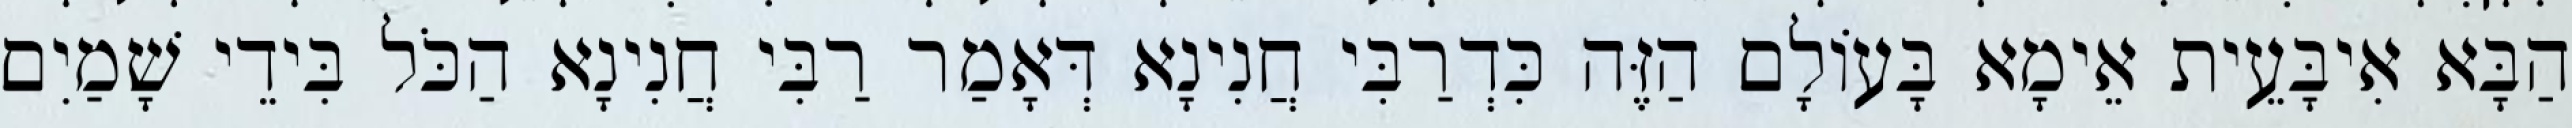
הַבָּא אִיבָּעֵית אֵימָא בָּעוֹלָם הַזֶּה כִּדְרַבִּי חֲנִינָא דְּאָמַר רַבִּי חֲנִינָא הַכֹּל בִּידֵי שָׁמַיִם